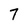
Character: 7